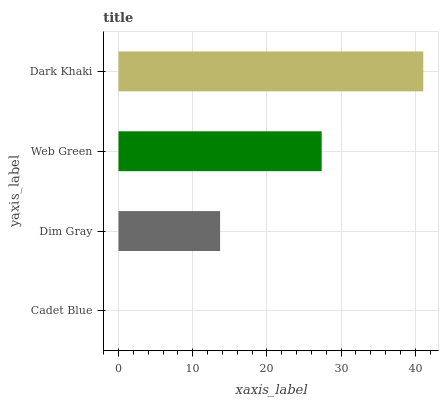
| yaxis_label | bars |
 | --- | --- |
 | Cadet Blue | 0 |
 | Dim Gray | 13.7 |
 | Web Green | 27.4 |
 | Dark Khaki | 41.1 |